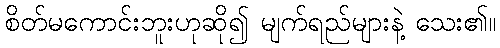
စိတ်မကောင်းဘူးဟုဆို၍ မျက်ရည်များနဲ့ သေး၏။